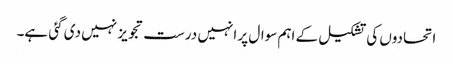
اتحادوں کی تشکیل کے اہم سوال پر انہیں درست تجویز نہیں دی گئی ہے۔